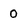
Character: 0